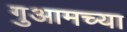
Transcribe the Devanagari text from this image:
गुआमच्या